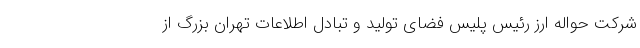
شرکت حواله ارز رئیس پلیس فضای تولید و تبادل اطلاعات تهران بزرگ از